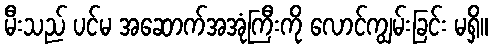
မီးသည် ပင်မ အဆောက်အအုံကြီးကို လောင်ကျွမ်းခြင်း မရှိ။